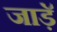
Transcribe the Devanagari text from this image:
जाड़ॅ